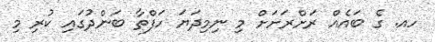
ހއ. ގެ ބައެއް ރަށްރަށަށް މި ނިމިދަޔަ ހަފްތާ ބަންދުގައި ކުރި މި